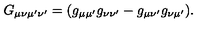
G _ { \mu \nu \mu ^ { \prime } \nu ^ { \prime } } = ( g _ { \mu \mu ^ { \prime } } g _ { \nu \nu ^ { \prime } } - g _ { \mu \nu ^ { \prime } } g _ { \nu \mu ^ { \prime } } ) .